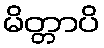
မိတ္တာပိ